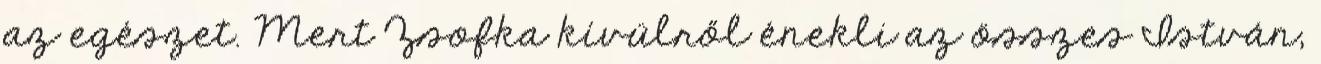
az egészet. Mert Zsofka kívülről énekli az összes István,